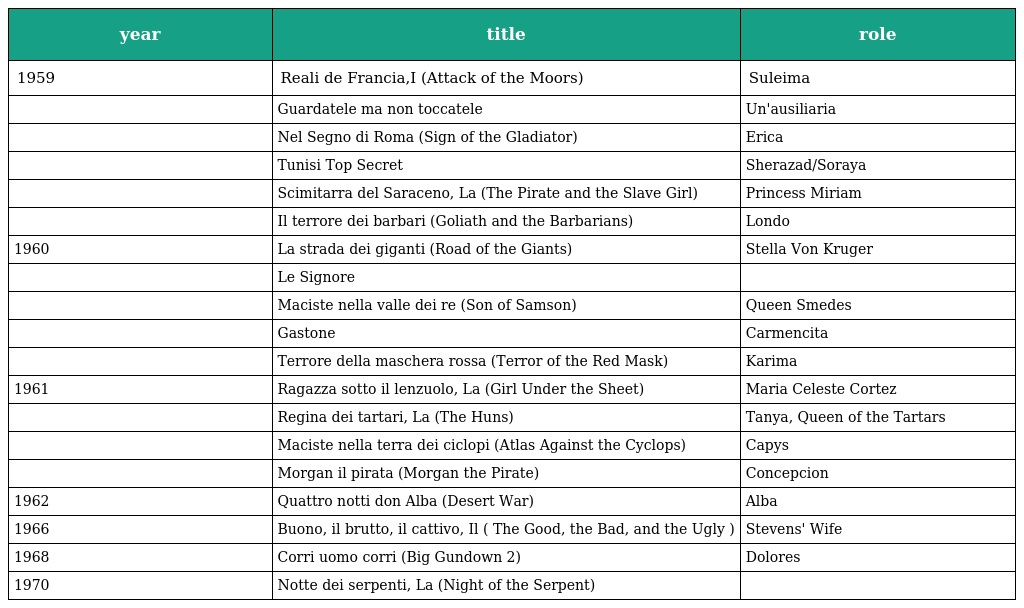
| year | title | role |
 | --- | --- | --- |
 | 1959 | Reali de Francia,I (Attack of the Moors) | Suleima |
 |  | Guardatele ma non toccatele | Un'ausiliaria |
 |  | Nel Segno di Roma (Sign of the Gladiator) | Erica |
 |  | Tunisi Top Secret | Sherazad/Soraya |
 |  | Scimitarra del Saraceno, La (The Pirate and the Slave Girl) | Princess Miriam |
 |  | Il terrore dei barbari (Goliath and the Barbarians) | Londo |
 | 1960 | La strada dei giganti (Road of the Giants) | Stella Von Kruger |
 |  | Le Signore |  |
 |  | Maciste nella valle dei re (Son of Samson) | Queen Smedes |
 |  | Gastone | Carmencita |
 |  | Terrore della maschera rossa (Terror of the Red Mask) | Karima |
 | 1961 | Ragazza sotto il lenzuolo, La (Girl Under the Sheet) | Maria Celeste Cortez |
 |  | Regina dei tartari, La (The Huns) | Tanya, Queen of the Tartars |
 |  | Maciste nella terra dei ciclopi (Atlas Against the Cyclops) | Capys |
 |  | Morgan il pirata (Morgan the Pirate) | Concepcion |
 | 1962 | Quattro notti don Alba (Desert War) | Alba |
 | 1966 | Buono, il brutto, il cattivo, Il ( The Good, the Bad, and the Ugly ) | Stevens' Wife |
 | 1968 | Corri uomo corri (Big Gundown 2) | Dolores |
 | 1970 | Notte dei serpenti, La (Night of the Serpent) |  |